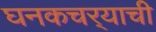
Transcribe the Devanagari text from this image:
घनकचर्‍याची